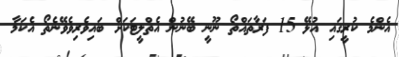
އެންމެ ކުރީގައި އުޅޭ 15 ފަރާތައްތޯ ނޫނީ ބޭނުން އެތްލީޓަކަށް ބައިވެރިވެވޭނެތޯ އެކަމާ